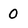
Character: 0